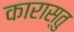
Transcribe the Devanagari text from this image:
कारास्तु